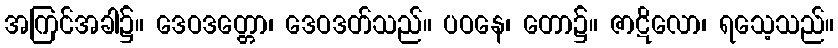
အကြင်အခါ၌။ ဒေဝဒတ္တော၊ ဒေဝဒတ်သည်။ ပဝနေ၊ တော၌။ ဇာဋိလော၊ ရသေ့သည်။